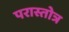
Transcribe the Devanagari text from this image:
परास्तोत्र